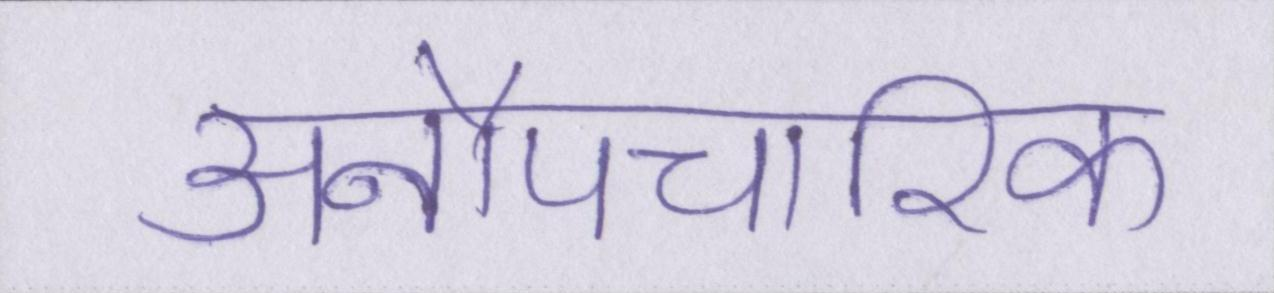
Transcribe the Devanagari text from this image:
अनौपचारिक